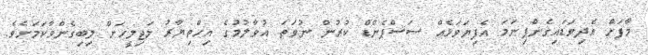
މާފަށް އެދިވަޑައިގެންފިނަމަ އެފިޔަވަޅެއް ސަސްޕެންޑް ކުރުން ނުވަތަ އުވާލުމުގެ އިހްތިޔާރު މަޖިލީހަށް ލިބިގެންވާކަމަށެވެ.